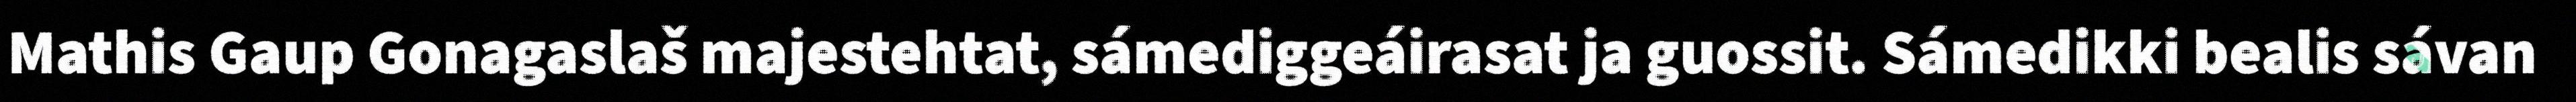
Mathis Gaup Gonagaslaš majestehtat, sámediggeáirasat ja guossit. Sámedikki bealis sávan